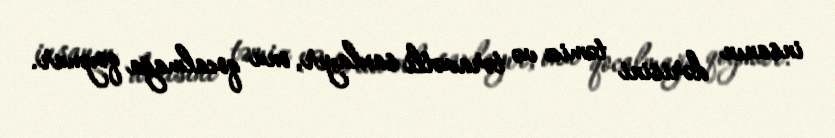
insanın dərisini təmiz və təravətli saxlayır, onu qocalmağa qoymur.